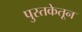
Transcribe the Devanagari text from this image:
पुस्तकेतून